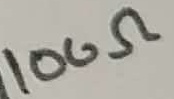
Text: 100Ω